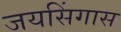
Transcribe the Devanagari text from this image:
जयसिंगास